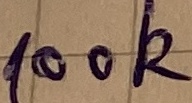
Text: 100k